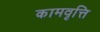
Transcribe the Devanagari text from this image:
कामवृत्ति